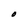
Character: O